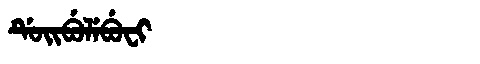
Manchu: ᡩᡠᡳᠪᡠᠯᡝᠪᡠᠸᡳ
Romanization: DUIBULEBUFI